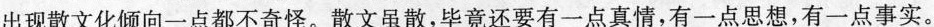
出现散文化倾向一点都不奇怪。散文虽散，毕竟还要有一点真情，有一点思想，有一点事实。